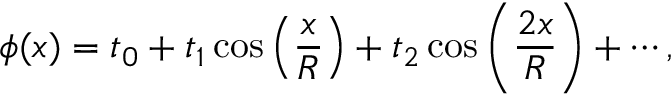
\phi ( x ) = t _ { 0 } + t _ { 1 } \cos \left( { \frac { x } { R } } \right) + t _ { 2 } \cos \left( { \frac { { 2 x } } { R } } \right) + \cdots ,